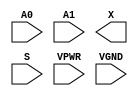
module sky130_fd_sc_hs__mux2 (
    //# {{data|Data Signals}}
    input  A0  ,
    input  A1  ,
    output X   ,

    //# {{control|Control Signals}}
    input  S   ,

    //# {{power|Power}}
    input  VPWR,
    input  VGND
);
endmodule